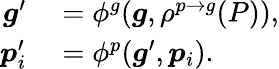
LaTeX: \begin{array}{rl}{\boldsymbol{g}^{\prime}}&{{}=\phi^{g}(\boldsymbol{g},\rho^{p\to g}(P)),}\\ {\boldsymbol{p}_{i}^{\prime}}&{{}=\phi^{p}(\boldsymbol{g}^{\prime},\boldsymbol{p}_{i}).}\end{array}